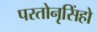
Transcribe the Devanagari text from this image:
परतोनृसिंहो